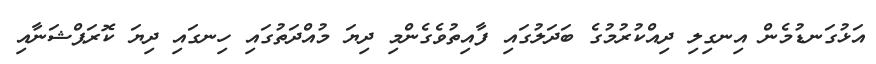
އަޅުގަނޑުމެން އިނގިލި ދިއްކުރުމުގެ ބަދަލުގައި ފާއިތުވެގެންމި ދިޔަ މުއްދަތުގައި ހިނގައި ދިޔަ ކޮރަޕްޝަނާއި